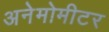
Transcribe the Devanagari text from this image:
अनेमोमीटर